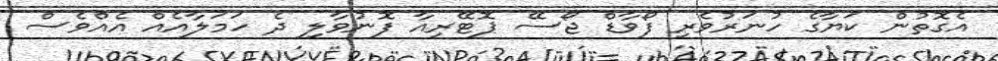
އެގޮތުން ކަޔާގެ ހުނަރުވެރި ފޯވާޑް ޖޯސޭ ޕޮޓޭރިއާ ފޮނުވާލި ދެ ހަމަލާއެއް އެއްވެސް